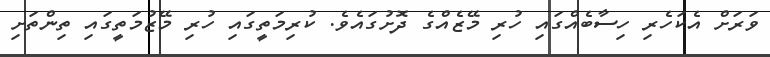
ވަރަށް އެކަހެރި ހިސާބެއްގައި ހުރި މޭޒެއްގެ ދޮށުގައެވެ. ކުރިމަތީގައި ހުރި މޭޒުމަތީގައި ތިންތަށި